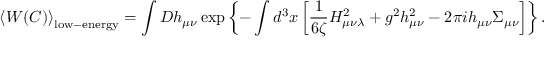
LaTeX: \left< W ( C ) \right> _ { \mathrm { l o w - e n e r g y } } = \int D h _ { \mu \nu } \exp \left\{ - \int d ^ { 3 } x \left[ \frac { 1 } { 6 \zeta } H _ { \mu \nu \lambda } ^ { 2 } + g ^ { 2 } h _ { \mu \nu } ^ { 2 } - 2 \pi i h _ { \mu \nu } \Sigma _ { \mu \nu } \right] \right\} .